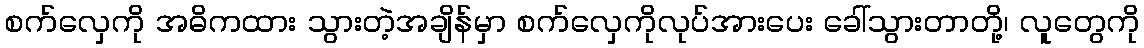
စက်လှေကို အဓိကထား သွားတဲ့အချိန်မှာ စက်လှေကိုလုပ်အားပေး ခေါ်သွားတာတို့၊ လူတွေကို